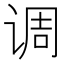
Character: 调